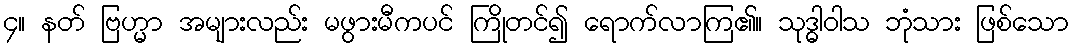
၄။ နတ် ဗြဟ္မာ အများလည်း မဖွားမီကပင် ကြိုတင်၍ ရောက်လာကြ၏။ သုဒ္ဓါဝါသ ဘုံသား ဖြစ်သော